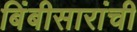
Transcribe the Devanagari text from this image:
बिंबीसारांची